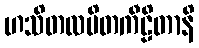
ဟသိတလပိတကီဠိတာနိ